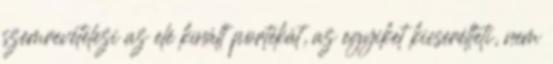
szemrevételezi az elé kínált portékát, az egyiket kicserélteti, nem